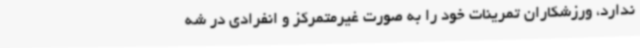
ندارد، ورزشکاران تمرینات خود را به صورت غیرمتمرکز و انفرادی در شه